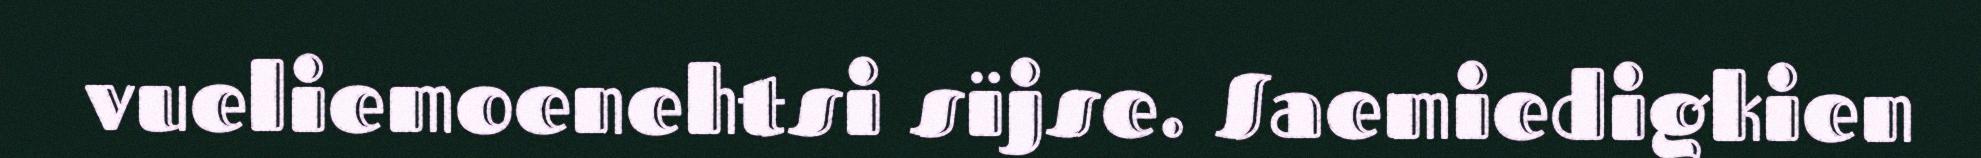
vueliemoenehtsi sïjse. Saemiedigkien